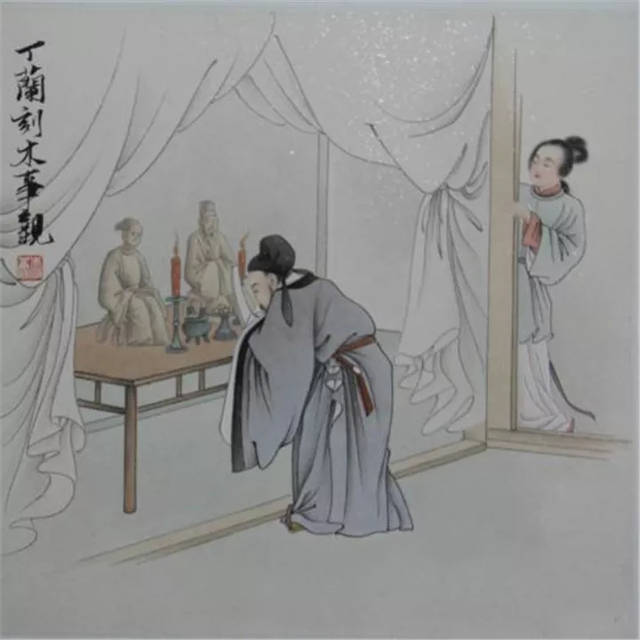
少事长，贱事贵，不肖事贤，是天下之通义也。